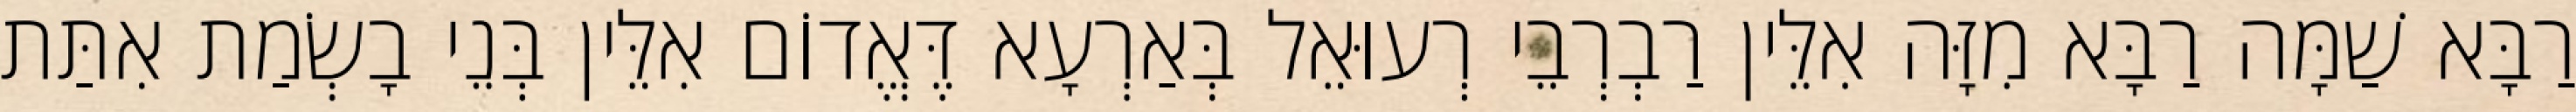
רַבָּא שַׁמָּה רַבָּא מִזָּה אִלֵּין רַבְרְבֵי רְעוּאֵל בְּאַרְעָא דֶּאֱדוֹם אִלֵּין בְּנֵי בָשְׂמַת אִתַּת